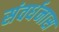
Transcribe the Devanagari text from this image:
संवर्धनास